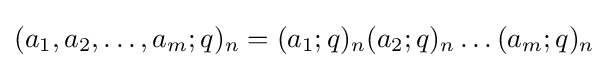
\displaystyle (a_{1},a_{2},\ldots ,a_{m};q)_{n}=(a_{1};q)_{n}(a_{2};q)_{n}\ldots (a_{m};q)_{n}